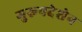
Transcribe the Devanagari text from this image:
गुरूपदेशेन